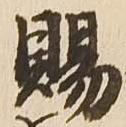
賜